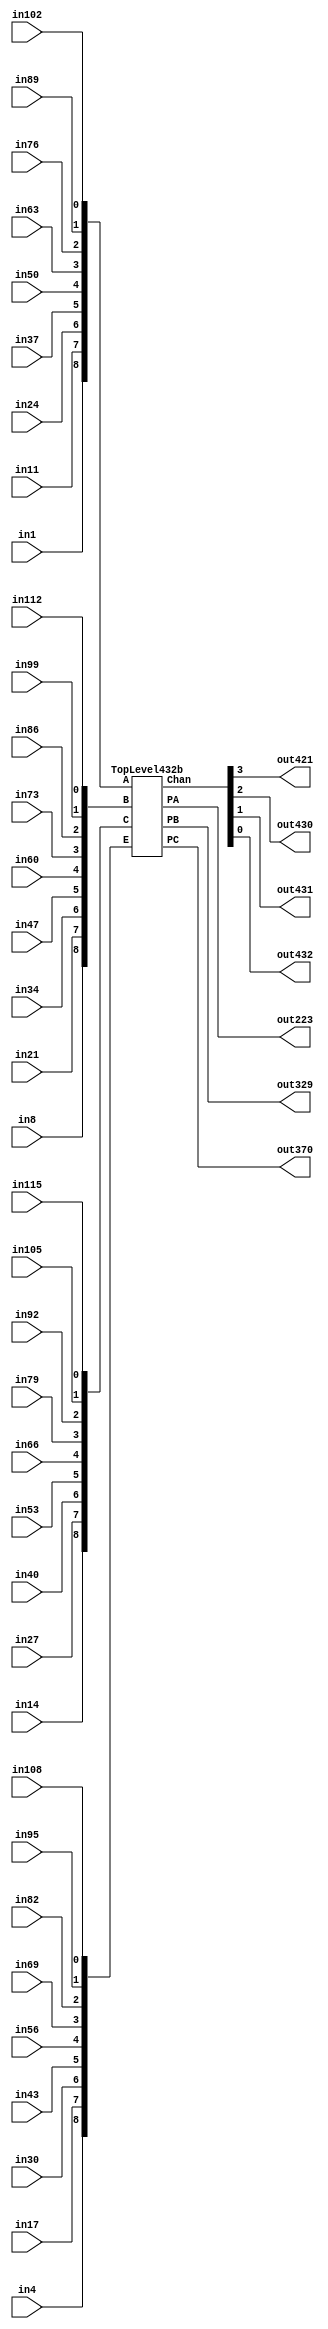
module Circuit432 (in4, in17, in30, in43, in56, in69, in82, in95, in108,
                  in1, in11, in24, in37, in50, in63, in76, in89, in102,
                  in8, in21, in34, in47, in60, in73, in86, in99, in112,
                  in14, in27, in40, in53, in66, in79, in92, in105, in115,
                  out223, out329, out370,
                  out421, out430, out431, out432);

  input         in4, in17, in30, in43, in56, in69, in82, in95, in108,
                in1, in11, in24, in37, in50, in63, in76, in89, in102,
                in8, in21, in34, in47, in60, in73, in86, in99, in112,
                in14, in27, in40, in53, in66, in79, in92, in105, in115;
  output        out223, out329, out370,
                out421, out430, out431, out432;

  wire [8:0]    A, B, C, E;
  wire          PA, PB, PC;
  wire [3:0]    Chan;

  assign
      E[8:0] = { in4, in17, in30, in43, in56, in69, in82, in95, in108 },
      A[8:0] = { in1, in11, in24, in37, in50, in63, in76, in89, in102 },
      B[8:0] = { in8, in21, in34, in47, in60, in73, in86, in99, in112 },
      C[8:0] = { in14, in27, in40, in53, in66, in79, in92, in105, in115 },
      PA = out223,
      PB = out329,
      PC = out370,
      Chan[3:0] = { out421, out430, out431, out432 };
	
  TopLevel432b Ckt432 (E, A, B, C, PA, PB, PC, Chan);

endmodule /* Circuit432 */

/*************************************************************************/

module TopLevel432b (E, A, B, C, PA, PB, PC, Chan);

  input[8:0]	E, A, B, C;
  output     	PA, PB, PC;
  output[3:0] Chan;
  wire[8:0] X1, X2, I;

  PriorityA M1(E, A, PA, X1);
  PriorityB M2(E, X1, B, PB, X2);
  PriorityC M3(E, X1, X2, C, PC);
  EncodeChan M4(E, A, B, C, PA, PB, PC, I);
  DecodeChan M5(I, Chan);

endmodule /* TopLevel432b */

/*************************************************************************/

module PriorityA(E, A, PA, X1);

  input[8:0] E, A;
  output     PA;
  output[8:0] X1;
  
  wire [8:0] Ab, EAb;

  assign Ab = ~A;
  assign EAb = ~(Ab & E);
  assign PA = ~&EAb;
  assign X1 = EAb ^ {9{PA}};

endmodule /* PriorityA */

/*************************************************************************/

module PriorityB(E, X1, B, PB, X2);

  input[8:0] E, X1, B;
  output     PB;
  output[8:0] X2;
  
  wire [8:0] Eb, EbB, XEB;

  assign Eb = ~E;
  assign EbB = ~(Eb | B);
  assign XEB = ~(X1 & EbB);
  assign PB = ~&XEB;
  assign X2 = XEB ^ {9{PB}};

endmodule /* PriorityB */

/*************************************************************************/

module PriorityC(E, X1, X2, C, PC);

  input[8:0] E, X1, X2, C;
  output     PC;
  
  wire [8:0] Eb, EbC, XEC;

  assign Eb = ~E;
  assign EbC = ~(Eb | C);
  assign XEC = ~(X1 & X2 & EbC);
  assign PC = ~&XEC;

endmodule /*PriorityC */

/*************************************************************************/

module EncodeChan(E, A, B, C, PA, PB, PC, I);

  input[8:0] E, A, B, C; 
  input PA, PB, PC;
  output[8:0] I;

  wire [8:0] APA, BPB, CPC;

  assign APA = ~(A & {9{PA}});
  assign BPB = ~(B & {9{PB}});
  assign CPC = ~(C & {9{PC}});
  assign I = ~(E & APA & BPB & CPC);

endmodule /* EncodeChan */

/*************************************************************************/

module DecodeChan(I, Chan);
 
  input[8:0] I;
  output[3:0] Chan;

  wire Iand, I8b, I1b, I2b, I3b, I5b, I56, I245, I3456, I1256;

  assign I8b = ~I[8];
  assign Iand = &I[7:0];
  assign Chan[3] = ~(I8b | Iand);

  assign I1b = ~I[1];
  assign I2b = ~I[2];
  assign I3b = ~I[3];
  assign I5b = ~I[5];

  assign I56 = ~(I5b & I[6]);
  assign I245 = ~(I2b & I[4] & I[5]);
  assign I3456 = ~(I3b & I[4] & I[5] & I[6]);
  assign I1256 = ~(I1b & I[2] & I[5] & I[6]);

  assign Chan[2] = ~(I[4] & I[6] & I[7] & I56);
  assign Chan[1] = ~(I[6] & I[7] & I245 & I3456);
  assign Chan[0] = ~(I[7] & I56 & I1256 & I3456);

endmodule /* DecodeChan */